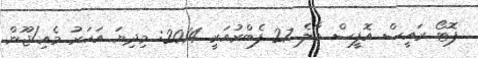
ފޮޓޯ ރައީސް އޮފީސް މާލެ 27 ފެބްރުއަރީ 2014: މިދިޔަ އަހަރު މެއި/ޖޫން